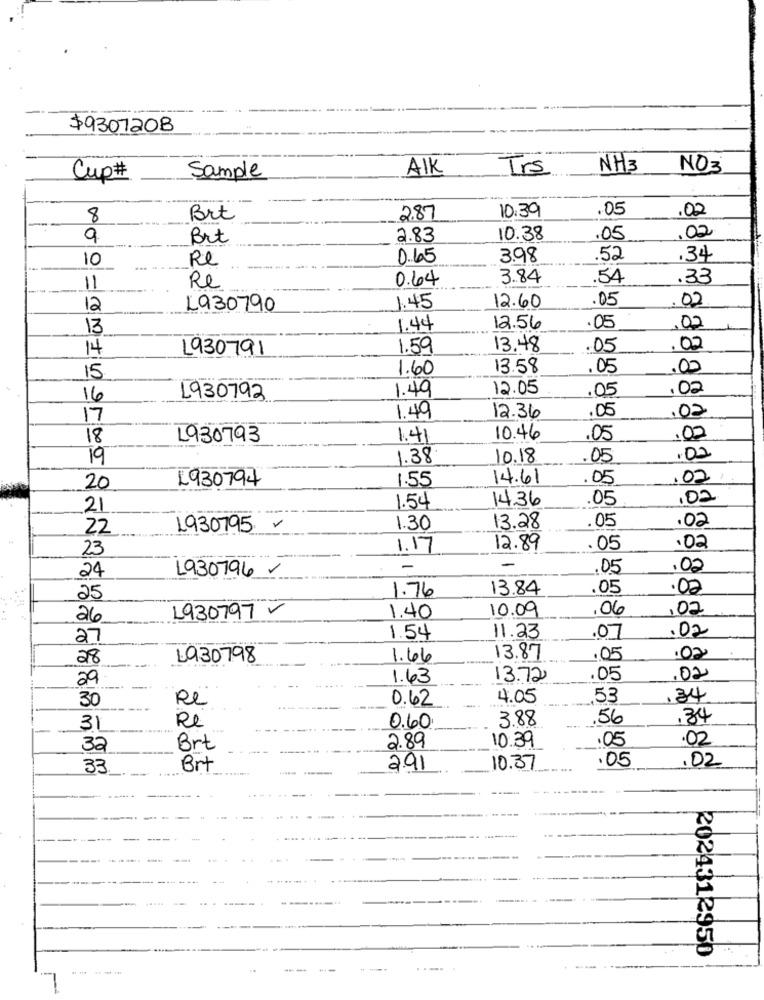
$930720B
Sample
AIK
Trs
NH3
NO3
Cup#
.05
.02
8
Brt
2.87
10:39
9
Brt
2.83
10.38
.05
.02
10
Re
0.65
3.98
.52
.34
Re
0.64
3.84
54
.33
11
05
.02
12
L930790
1.45
12.60
13
1.44
12.56
.05
,02
14
1930791
1.59
13.48
.05
.02
1.60
13.58
.05
.00
15
1.49
12.05
.05
.02
16
1930792
17
1.49
12.36
.05
.02
18
L930793
1.41
10.46
05
.02
19
1.38
10.18
.05
.02
L930794
1.55
14.61
.05
.02
20
14.36
.05
,02
21
1.54
22
1930795.
1.30
13.28
.05
.02
23
1.17
12.89
.05
.02
--
1930796 -
-
.05
.02
24
1.76
13.84
.05
.02
25
10.09
.06
,02
26
1930797 V
1.40
27
1.54
11.23
.07
.02
28
1930798
1.66
13.87
.05
29-
1.63
13.72
.05
.02
......
30
Re
0.62
4.05
53
.34
Re
3.88
56
.34
31
0.60
.05
.02
32
Brt
2.89
10.39
.05
.02
33
Brt
2.91
10.37
2024312950
......